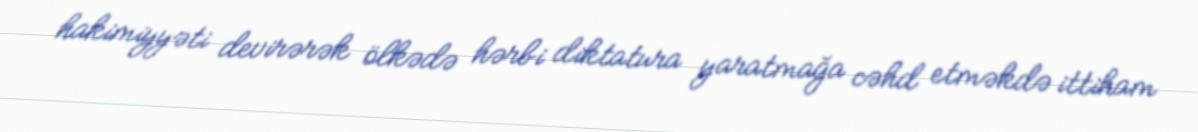
hakimiyyəti devirərək ölkədə hərbi diktatura yaratmağa cəhd etməkdə ittiham